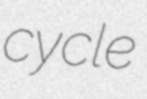
cycle